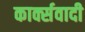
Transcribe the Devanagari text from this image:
कार्क्सवादी